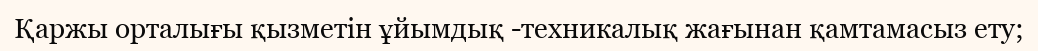
Қаржы орталығы қызметін ұйымдық -техникалық жағынан қамтамасыз ету;